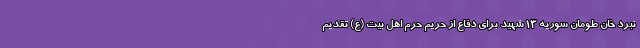
نبرد خان طومان سوریه ۱۳ شهید برای دفاع از حریم حرم اهل بیت (ع) تقدیم